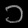
Digit: ၁